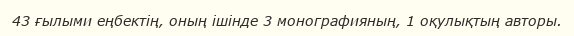
43 ғылыми еңбектің, оның ішінде 3 монографияның, 1 оқулықтың авторы.